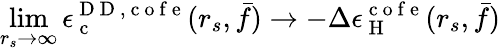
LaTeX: \operatorname*{lim}_{r_{s}\to\infty}\epsilon_{\mathrm{~c~}}^{{\mathrm{~D~D~}},\mathrm{~c~o~f~e~}}(r_{s},\bar{f})\to-\Delta\epsilon_{\mathrm{~H~}}^{\mathrm{~c~o~f~e~}}(r_{s},\bar{f})